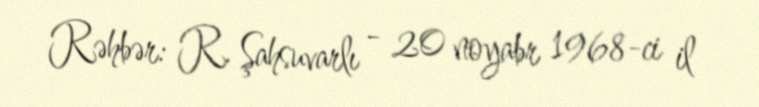
Rəhbər: R. Şahsuvarlı - 20 noyabr 1968-ci il